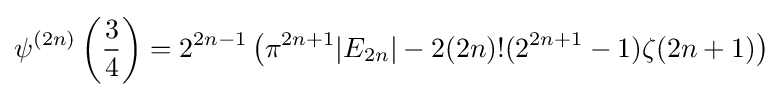
\psi ^{(2n)}\left({\frac {3}{4}}\right)=2^{2n-1}\left(\pi ^{2n+1}|E_{2n}|-2(2n)!(2^{2n+1}-1)\zeta (2n+1)\right)